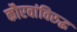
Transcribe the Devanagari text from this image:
कौरवांविरुद्ध